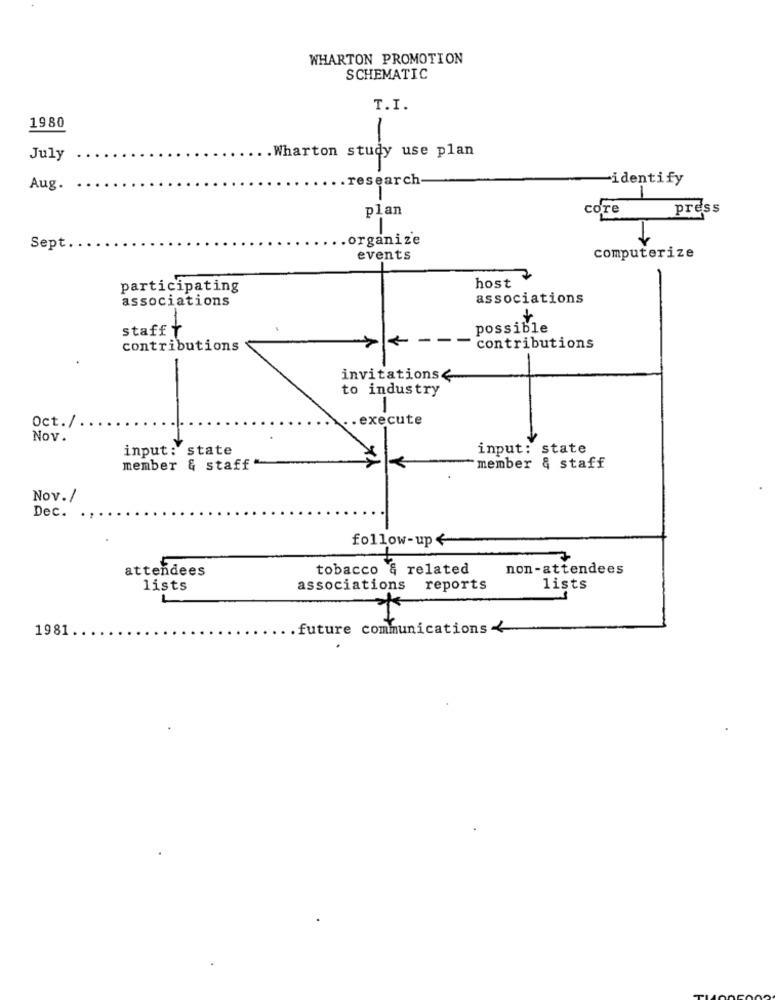
WHARTON PROMOTION
SCHEMATIC
T.I.
1980
.Wharton study use plan
July
.research
-identify
Aug.
plan
core
press
organize
Sept.
events
computerize
host
participating
associations
associations
staff Ý
possible
contributions
contributions
-
invitations&
to industry
1
.. execute
Oct./
NOv.
input: state
input: state
member & staff
member & staff
Nov./
Dec.
follow-up<
attendees
tobacco & related
non-attendees
lists
associations reports
lists
1981.
.future communications